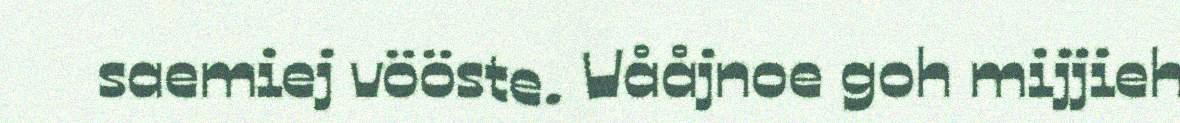
saemiej vööste. Vååjnoe goh mijjieh